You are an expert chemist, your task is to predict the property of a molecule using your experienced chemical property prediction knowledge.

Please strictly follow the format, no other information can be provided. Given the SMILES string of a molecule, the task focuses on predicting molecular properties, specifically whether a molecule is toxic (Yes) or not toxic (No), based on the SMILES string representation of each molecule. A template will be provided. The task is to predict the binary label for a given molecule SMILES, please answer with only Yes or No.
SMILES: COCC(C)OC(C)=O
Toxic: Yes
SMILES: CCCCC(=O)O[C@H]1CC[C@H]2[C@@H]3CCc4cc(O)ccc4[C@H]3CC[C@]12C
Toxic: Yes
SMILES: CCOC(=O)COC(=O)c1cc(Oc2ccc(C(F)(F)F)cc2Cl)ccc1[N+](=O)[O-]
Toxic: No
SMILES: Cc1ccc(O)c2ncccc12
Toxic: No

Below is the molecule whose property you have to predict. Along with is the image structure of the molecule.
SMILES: C=CCn1cc[n+](C)c1
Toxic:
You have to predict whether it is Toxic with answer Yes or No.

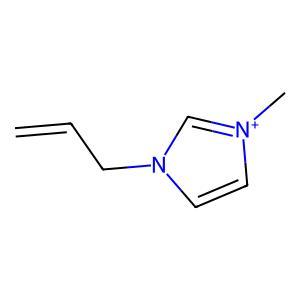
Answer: No